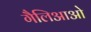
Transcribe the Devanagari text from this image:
गैलिआओ